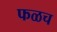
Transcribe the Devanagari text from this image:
फळच